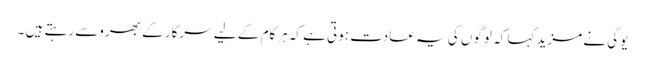
یوگی نے مزید کہا کہ لوگوں کی یہ عادت ہوتی ہے کہ ہرکام کے لیے سرکار کے بھروسے رہتے ہیں ۔